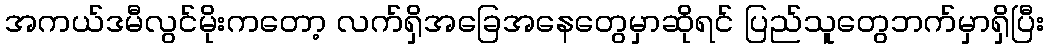
အကယ်ဒမီလွင်မိုးကတော့ လက်ရှိအခြေအနေတွေမှာဆိုရင် ပြည်သူတွေဘက်မှာရှိပြီး